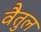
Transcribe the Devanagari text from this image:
वैतुल